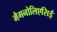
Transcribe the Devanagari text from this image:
मैगनोलिएसिई